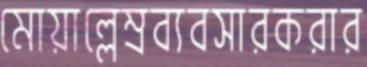
মোয়াল্লেম্রব্যবসারকরার